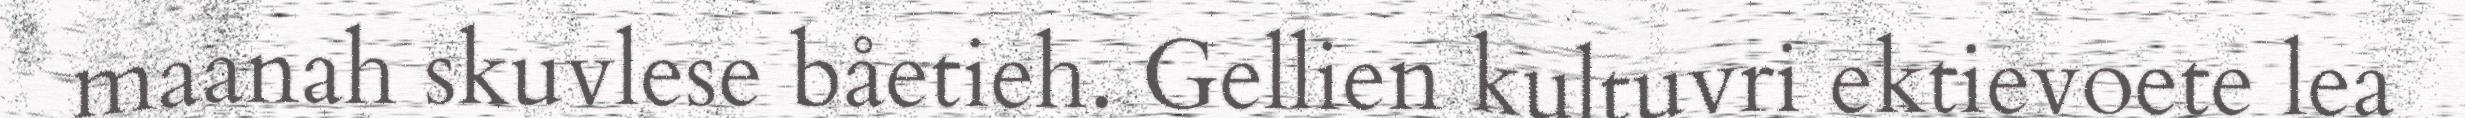
maanah skuvlese båetieh. Gellien kultuvri ektievoete lea